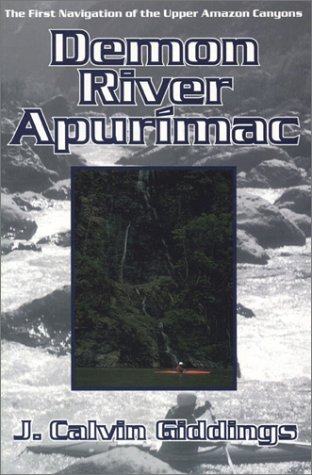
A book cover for Demon River Apurimac: The First Navigation of Upper Amazon Canyons; J. Calvin Giddings; Sports & Outdoors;